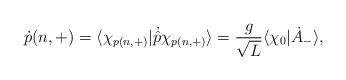
LaTeX: \begin{align*}\dot p(n,+) = \langle \chi_{p(n, +)}|\dot{\hat p}\chi_{p(n, +)}\rangle =\frac{g}{\sqrt L}\langle\chi_0|\dot A_-\rangle,\end{align*}